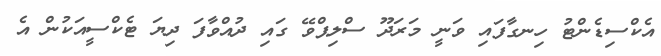
އެކްސިޑެންޓު ހިނގާފައި ވަނީ މަރަދޫ ސްލިޕްވޭ ގައި ދުއްވާފަ ދިޔަ ޓެކްސީއަކުން އެ